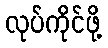
လုပ်ကိုင်ဖို့